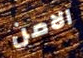
الامن